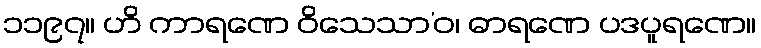
၁၁၉၇။ ဟိ ကာရဏေ ဝိသေသာ’ဝ၊ ဓာရဏေ ပဒပူရဏေ။